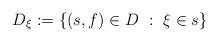
LaTeX: \begin{align*}D_\xi:= \{ (s,f) \in D \ : \ \xi \in s \}\end{align*}